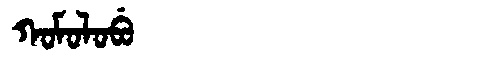
Manchu: ᡴᠣᠮᠣᠯᠣᠪᡠ
Romanization: KOMOLOBU